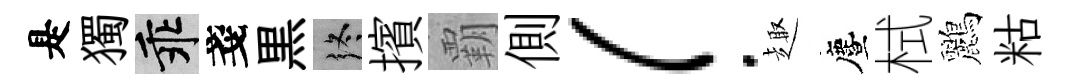
是獨乖戔黒终擯覇側！趣󵨌栻鸝䊀